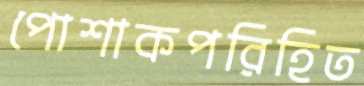
পোশাকপরিহিত